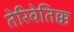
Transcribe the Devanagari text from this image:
तेरिवेतिक्क